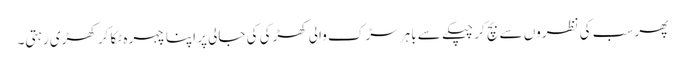
پھر سب کی نظروں سے بچ کر چپکے سے باہر سڑک والی کھڑکی کی جالی پر اپنا چہرہ ٹکا کر کھڑی رہتی۔